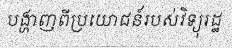
បង្ហាញពីប្រយោជន៍របស់វិទ្យុរដ្ឋ